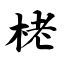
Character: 栳